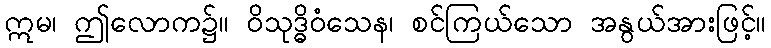
ဣမ၊ ဤလောက၌။ ဝိသုဒ္ဓိဝံသေန၊ စင်ကြယ်သော အနွယ်အားဖြင့်။